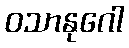
ဝသာနုဂေါ